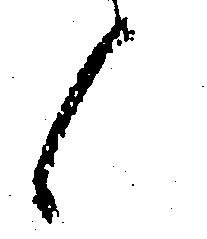
く